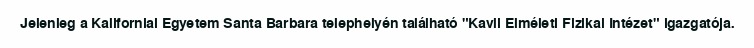
Jelenleg a Kaliforniai Egyetem Santa Barbara telephelyén található "Kavli Elméleti Fizikai Intézet" igazgatója.